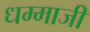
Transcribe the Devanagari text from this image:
धम्माजी